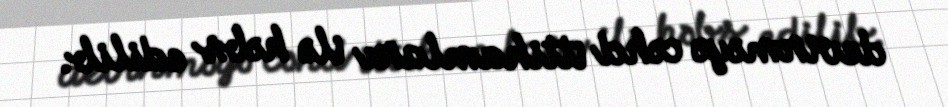
devirməyə cəhd ittihamları ilə həbs edilib.